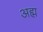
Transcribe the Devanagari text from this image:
अह्म